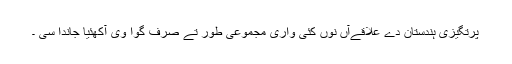
پرتگیزی ہندستان دے علاقےآں نوں کئی واری مجموعی طور تے صرف گوا وی آکھئیا جاندا سی ۔